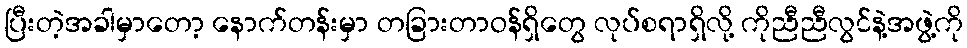
ပြီးတဲ့အခါမှာတော့ နောက်တန်းမှာ တခြားတာဝန်ရှိတွေ လုပ်စရာရှိလို့ ကိုညီညီလွင်နဲ့အဖွဲ့ကို